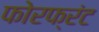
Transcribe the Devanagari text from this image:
फोरफ्रंट